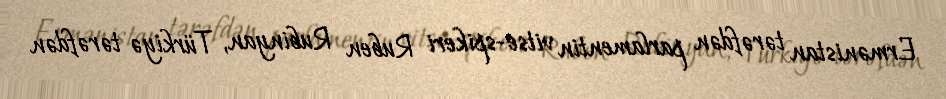
Ermənistan tərəfdən parlamentin vitse-spikeri Ruben Rubinyan, Türkiyə tərəfdən